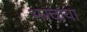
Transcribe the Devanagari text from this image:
भरवाया